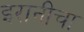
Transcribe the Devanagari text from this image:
इरानीचा